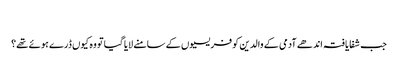
‏
جب شفایافتہ اندھے آدمی کے والدین کو فریسیوں کے سامنے لایا گیا تو وہ کیوں ڈرے ہوئے تھے؟